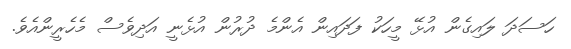
ހަސަދަ ލައިގެން އުޅޭ މީހަކު ފަދައިން އެންމެ ދުރުން އުޅެނީ އަދިވެސް މެހެރީންއެވެ.